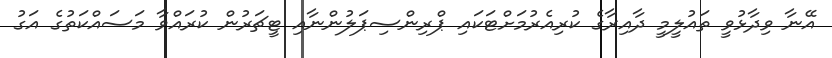
އޭނާ ވިދާޅުވީ ތައުލީމީ ދާއިރާގެ ކުރިއެރުމަށްޓަކައި ޕްރިންސިޕަލުންނާއި ޓީޗަރުން ކުރައްވާ މަސައްކަތުގެ އަގު